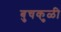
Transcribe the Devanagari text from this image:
बुचकुळी